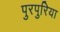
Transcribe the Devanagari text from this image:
पुरपुरिया